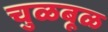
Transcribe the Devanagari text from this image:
चुळबूळ